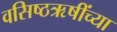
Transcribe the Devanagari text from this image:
वसिष्ठऋषींच्या